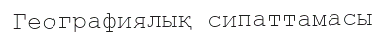
Географиялық сипаттамасы